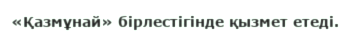
«Қазмұнай» бірлестігінде қызмет етеді.